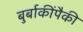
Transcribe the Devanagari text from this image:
बुर्बाकींपैकी